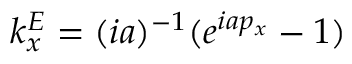
k _ { x } ^ { E } = ( i a ) ^ { - 1 } ( e ^ { i a p _ { x } } - 1 )